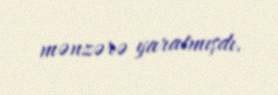
mənzərə yaratmışdı.